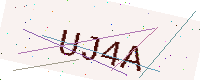
Text: UJ4A